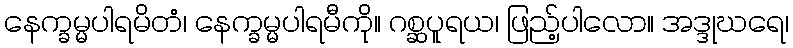
နေက္ခမ္မပါရမိတံ၊ နေက္ခမ္မပါရမီကို။ ဂစ္ဆပူရယ၊ ဖြည့်ပါလော။ အဒ္ဒုဃရေ၊